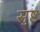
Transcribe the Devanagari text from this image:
सुष्ट